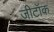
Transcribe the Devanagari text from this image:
जीटॉक